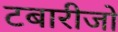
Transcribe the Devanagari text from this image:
टबारीजो